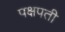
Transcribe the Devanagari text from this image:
पक्षपती